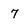
Character: 7